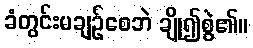
ခံတွင်းမချဉ်စေဘဲ ချို၍စွဲ၏။